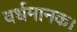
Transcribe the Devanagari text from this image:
वर्धमानक।